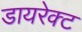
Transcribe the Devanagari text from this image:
डायरेक्‍ट